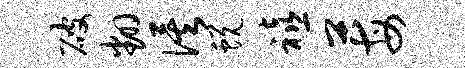
破翻俟蜕禧莓